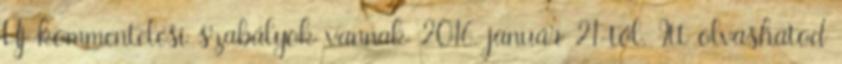
Új kommentelési szabályok vannak 2016. január 21-től. Itt olvashatod